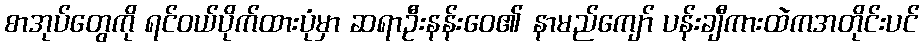
စာအုပ်တွေကို ရင်ဝယ်ပိုက်ထားပုံမှာ ဆရာဦးနန်းဝေ၏ နာမည်ကျော် ပန်းချီကားထဲကအတိုင်းပင်